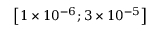
\left[ 1 \times 1 0 ^ { - 6 } ; 3 \times 1 0 ^ { - 5 } \right]